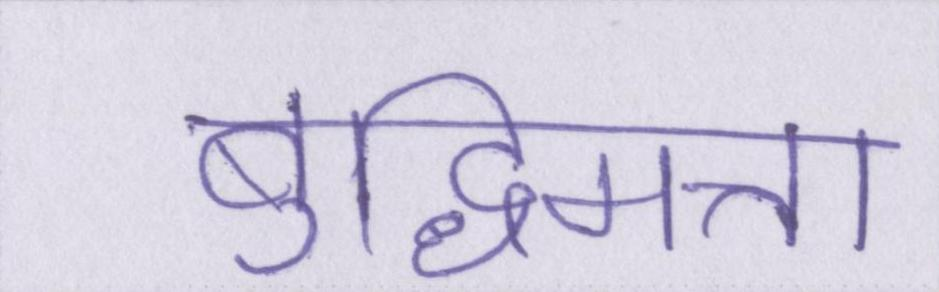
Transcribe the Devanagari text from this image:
बुद्धिमत्ता